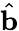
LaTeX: \hat{\textbf{b}}